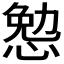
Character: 𰑷